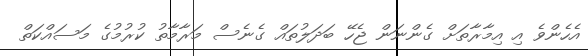
އެހެންވެ އި އިމާރާތަށް ގެންނަން ޖެހޭ ބަދަލުތައް ގެނެސް މަރާމާތު ކުރުމުގެ މަސައްކަތް